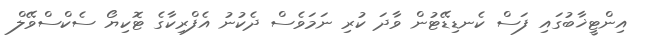
އިންޓީޚާބުގައި ފަސް ކެނޑިޑޭޓުން ވާދަ ކުރި ނަމަވެސް ދެކުނު އެފްރިކާގެ ޓޮކިޔޯ ސެކްސްވޭލް